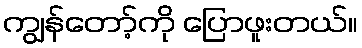
ကျွန်တော့်ကို ပြောဖူးတယ်။